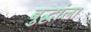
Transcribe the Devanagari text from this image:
बुद्धांला